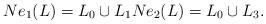
LaTeX: \begin{align*}Ne_1(L)=L_0 \cup L_1 Ne_2(L)=L_0 \cup L_3.\end{align*}